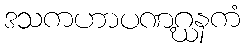
ဒသကဟာပဏဂ္ဃနကံ